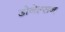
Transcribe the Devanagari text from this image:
डोनेल्सन